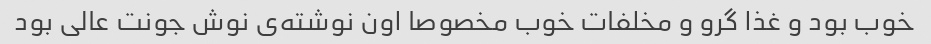
خوب بود و غذا گرو و مخلفات خوب مخصوصا اون نوشته‌ی نوش جونت عالی بود